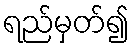
ရည်မှတ်၍